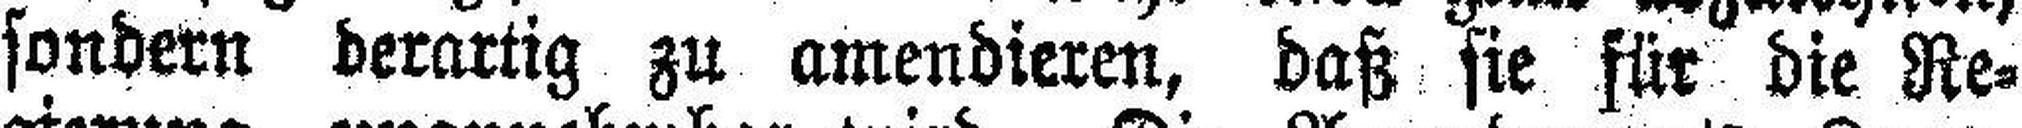
sondern derartig zu amendieren, daß sie für die Re¬